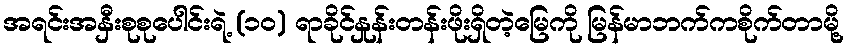
အရင်းအနှီးစုစုပေါင်းရဲ့ (၁၀) ရာခိုင်နှုန်းတန်းဖိုးရှိတဲ့မြေကို မြန်မာဘက်ကစိုက်တာမို့